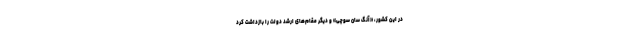
در این کشور، «آنگ سان سوچی» و دیگر مقام‌های ارشد دولت را بازداشت کرد